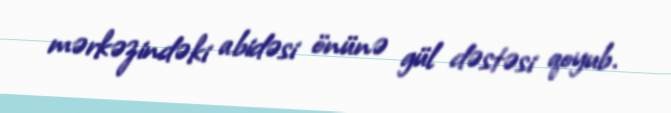
mərkəzindəki abidəsi önünə gül dəstəsi qoyub.